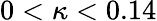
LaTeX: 0<\kappa<0.14